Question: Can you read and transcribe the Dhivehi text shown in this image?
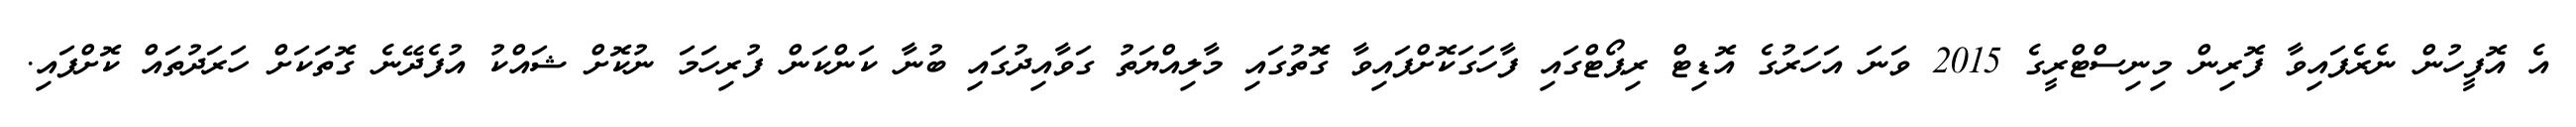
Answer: އެ އޮފީހުން ނެރެފައިވާ ފޮރިން މިނިސްޓްރީގެ 2015 ވަނަ އަހަރުގެ އޮޑިޓް ރިޕޯޓްގައި ފާހަގަކޮށްފައިވާ ގޮތުގައި މާލިއްޔަތު ގަވާއިދުގައި ބުނާ ކަންކަން ފުރިހަމަ ނުކޮށް ޝައްކު އުފެދޭނެ ގޮތަކަށް ހަރަދުތައް ކޮށްފައި.